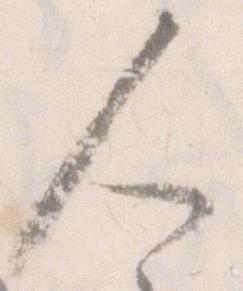
人